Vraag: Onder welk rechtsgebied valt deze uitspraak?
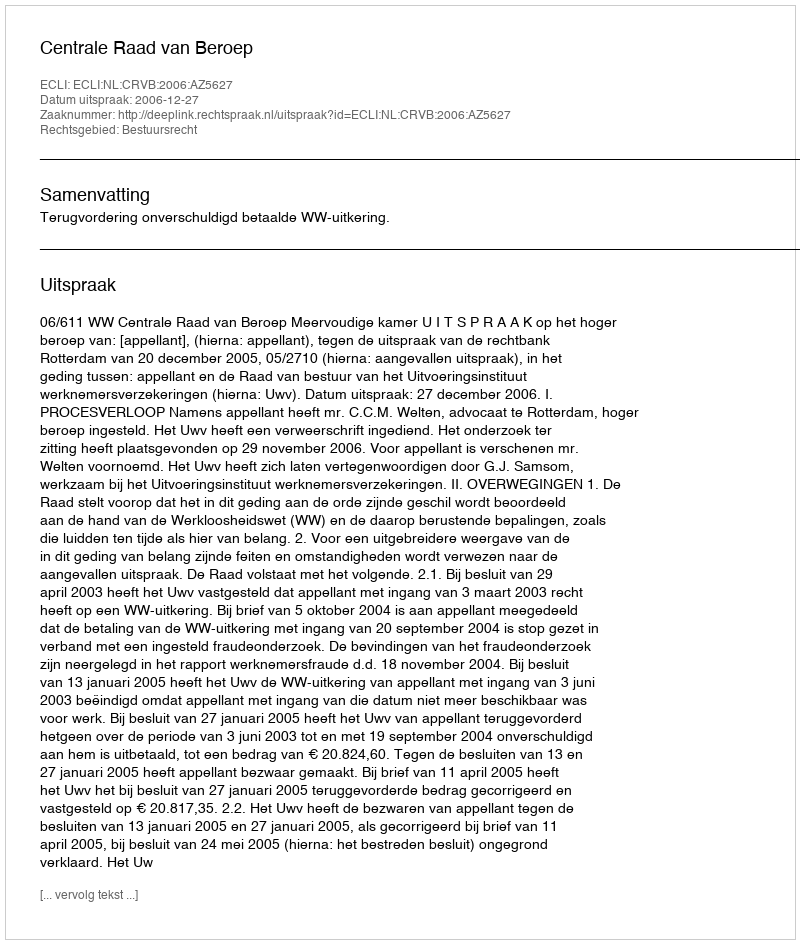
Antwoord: Bestuursrecht